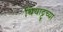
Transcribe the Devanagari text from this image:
थियाट्टूच्या